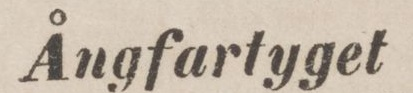
Ångfartyget